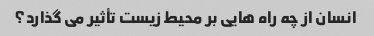
انسان از چه راه هایی بر محیط زیست تأثیر می گذارد؟